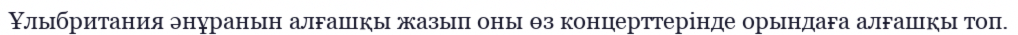
Ұлыбритания әнұранын алғашқы жазып оны өз концерттерінде орындаға алғашқы топ.